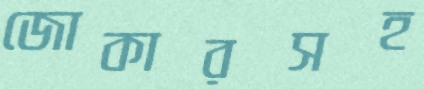
জোকারসহ